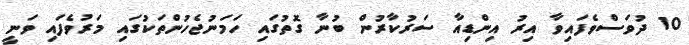
10 ދުވަސްވެފައިވާ އިރު އިންޑިއާ ސަރުކާރުން ބުނާ ގޮތުގައި ހަމަނުޖެހުންތަކުގައި މަރުވެފައި ވަނީ